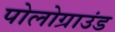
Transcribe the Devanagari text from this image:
पोलोग्राउंड